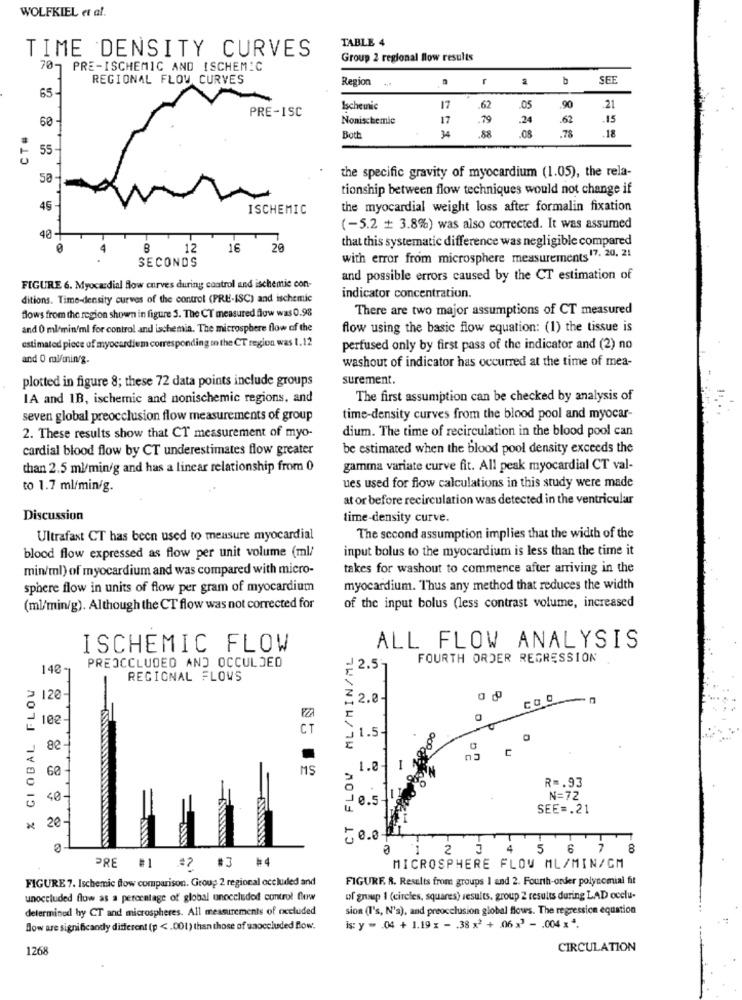
WOLFKIEL et al.
TABLE 4
TIME DENSITY CURVES
Group 2 regional flow results
707
PRE-ISCHEMIC AND ISCHEMIC
REGIONAL FLOW CURVES
r
b
SEE
65
Region ...
PRE-1SC
Ischemic
17
.62
.05
.90
.21
Nonischemie
17
.79
.24
.62
.15
CT#
60
.08
.78
.18
Both
34
55
the specific gravity of myocardium (1.05), the rela-
tionship between flow techniques would not change if
ISCHEMIC
the myocardial weight loss after formalin fixation
(-5.2 + 3.8%) was also corrected. It was assumed
48
that this systematic difference was negligible compared
B
12
16
20
SECONDS
with error from microsphere measurements 17. 20, 21
and possible errors caused by the CT estimation of
FIGURE 6. Myocardial How curves during control and ischemie con-
ditions. Time-density curves of the control (PRE-ISC) and ischemic
indicator concentration.
flows from the region shown in figure 5. The CT measured flow was 0.98
There are two major assumptions of CT measured
and 0 ml/min'ml for control and ische mia. The microsphere flow of the
flow using the basic flow equation: (1) the tissue is
estimated piece of myocardium corresponding to the CT region was 1.12
perfused only by first pass of the indicator and (2) no
and 0 ml/min/g.
washout of indicator has occurred at the time of mea-
plotted in figure 8; these 72 data points include groups
surement.
IA and 1B, ischemic and nonischemic regions, and
The first assumption can be checked by analysis of
seven global preocclusion flow measurements of group
time-density curves from the blood pool and myocar-
dium. The time of recirculation in the blood pool can
2. These results show that CT measurement of myo-
cardial blood flow by CT underestimates flow greater
be estimated when the blood pool density exceeds the
than 2.5 ml/min/g and has a linear relationship from 0
gamma variate curve fit. All peak myocardial CT val-
to 1.7 ml/min/g.
ues used for flow calculations in this study were made
at or before recirculation was detected in the ventricular
Discussion
time-density curve.
Ultrafast CT has been used to measure myocardial
The second assumption implies that the width of the
input bolus to the myocardium is less than the time it
blood flow expressed as flow per unit volume (ml/
min/ml) of myocardium and was compared with micro-
takes for washout to commence after arriving in the
sphere flow in units of flow per gram of myocardium
myocardium. Thus any method that reduces the width
(ml/min/g). Although the CT flow was not corrected for
of the input bolus (less contrast volume, increased
ISCHEMIC FLOW
CT FLOW ML/MIN/ML
ALL FLOW ANALYSIS
PREOCCLUDED AND OCCULDED
FOURTH ORDER REGRESSION
140
2.5
% GLOBAL FLOU
REGIONAL FLOWS
120
2.0-
CO O
-
102
EZA
CT
1.54
C
60
MS
1.e.
R =. 93
40
e.5.1.
N=72
SEE =. 21
20
e
1 2 3 4 5 6 7 8
PRE #1 #2 #3 #4
MICROSPHERE FLOW ML/MIN/CM
FIGURE 7. Ischemic flow comparison. Group 2 regional occluded and
FIGURE R. Results from groups 1 and 2. Fourth-order polynomial fit
unoccluded flow as a percentage of global unoccluded control flow
of group 1 (circles, squares) results, group 2 results during LAD occlu-
determined hy CT and microspheres. All measurements of occluded
sion (I's, N's), and preocclusion global flows. The regression equation
Blow are significantly different (p < . 001) than those of unoccluded flow.
is: y = . 04 + 1.19 x - . 38 x2 + 06>' - . 004 x4.
1268
CIRCULATION